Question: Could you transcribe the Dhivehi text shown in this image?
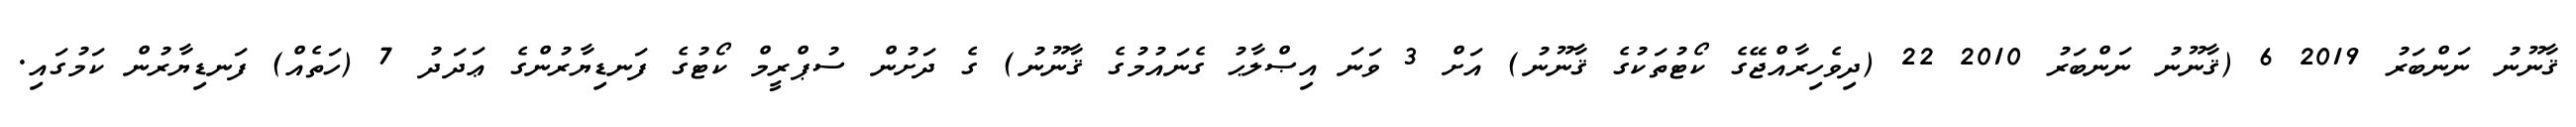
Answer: ޤާނޫނު ނަންބަރު 2019 6 (ޤާނޫނު ނަންބަރު 2010 22 (ދިވެހިރާއްޖޭގެ ކޯޓުތަކުގެ ޤާނޫނު) އަށް 3 ވަނަ އިޞްލާޙު ގެނައުމުގެ ޤާނޫނު) ގެ ދަށުން ސުޕްރީމް ކޯޓުގެ ފަނޑިޔާރުންގެ ޢަދަދު 7 (ހަތެއް) ފަނޑިޔާރުން ކަމުގައި.